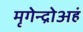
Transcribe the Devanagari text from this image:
मृगेन्द्रोअहं